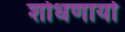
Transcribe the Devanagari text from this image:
शोधणार्या